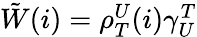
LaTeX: \begin{array}{r}{\tilde{W}(i)=\rho_{T}^{U}(i)\gamma_{U}^{T}}\end{array}